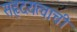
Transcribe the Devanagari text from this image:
सहृदयत्वाची